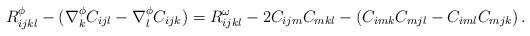
LaTeX: \begin{align*}R^{\phi}_{ijkl} -(\nabla^{\phi}_{k}C_{ijl} - \nabla^{\phi}_{l}C_{ijk}) = R^{\omega}_{ijkl} - 2 C_{ijm}C_{mkl} -(C_{imk}C_{mjl} - C_{iml}C_{mjk})\,. \end{align*}